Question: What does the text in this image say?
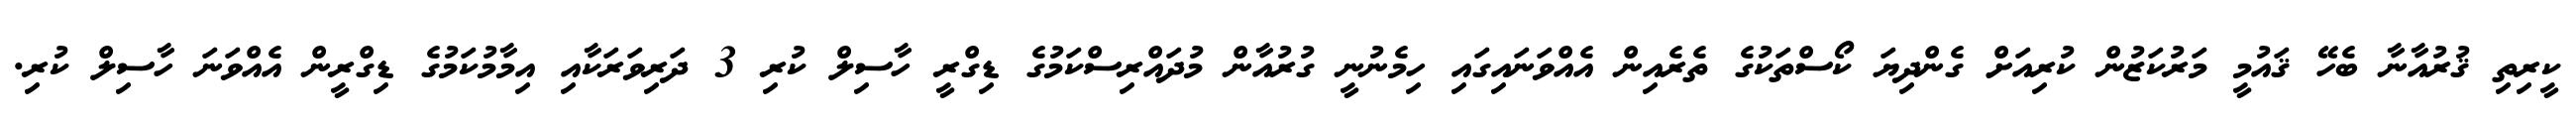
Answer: ކީރިތި ޤުރުއާނާ ބެހޭ ޤައުމީ މަރުކަޒުން ކުރިއަށް ގެންދިޔަ ކޯސްތަކުގެ ތެރެއިން އެއްވަނައިގައި ހިމެނުނީ ގުރުއާން މުދައްރިސްކަމުގެ ޑިގްރީ ހާސިލް ކުރި 3 ދަރިވަރަކާއި އިމާމުކަމުގެ ޑިގްރީން އެއްވަނަ ހާސިލް ކުރި.